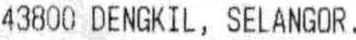
43800 DENGKIL, SELANGOR.